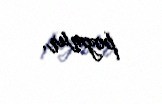
pozmur.